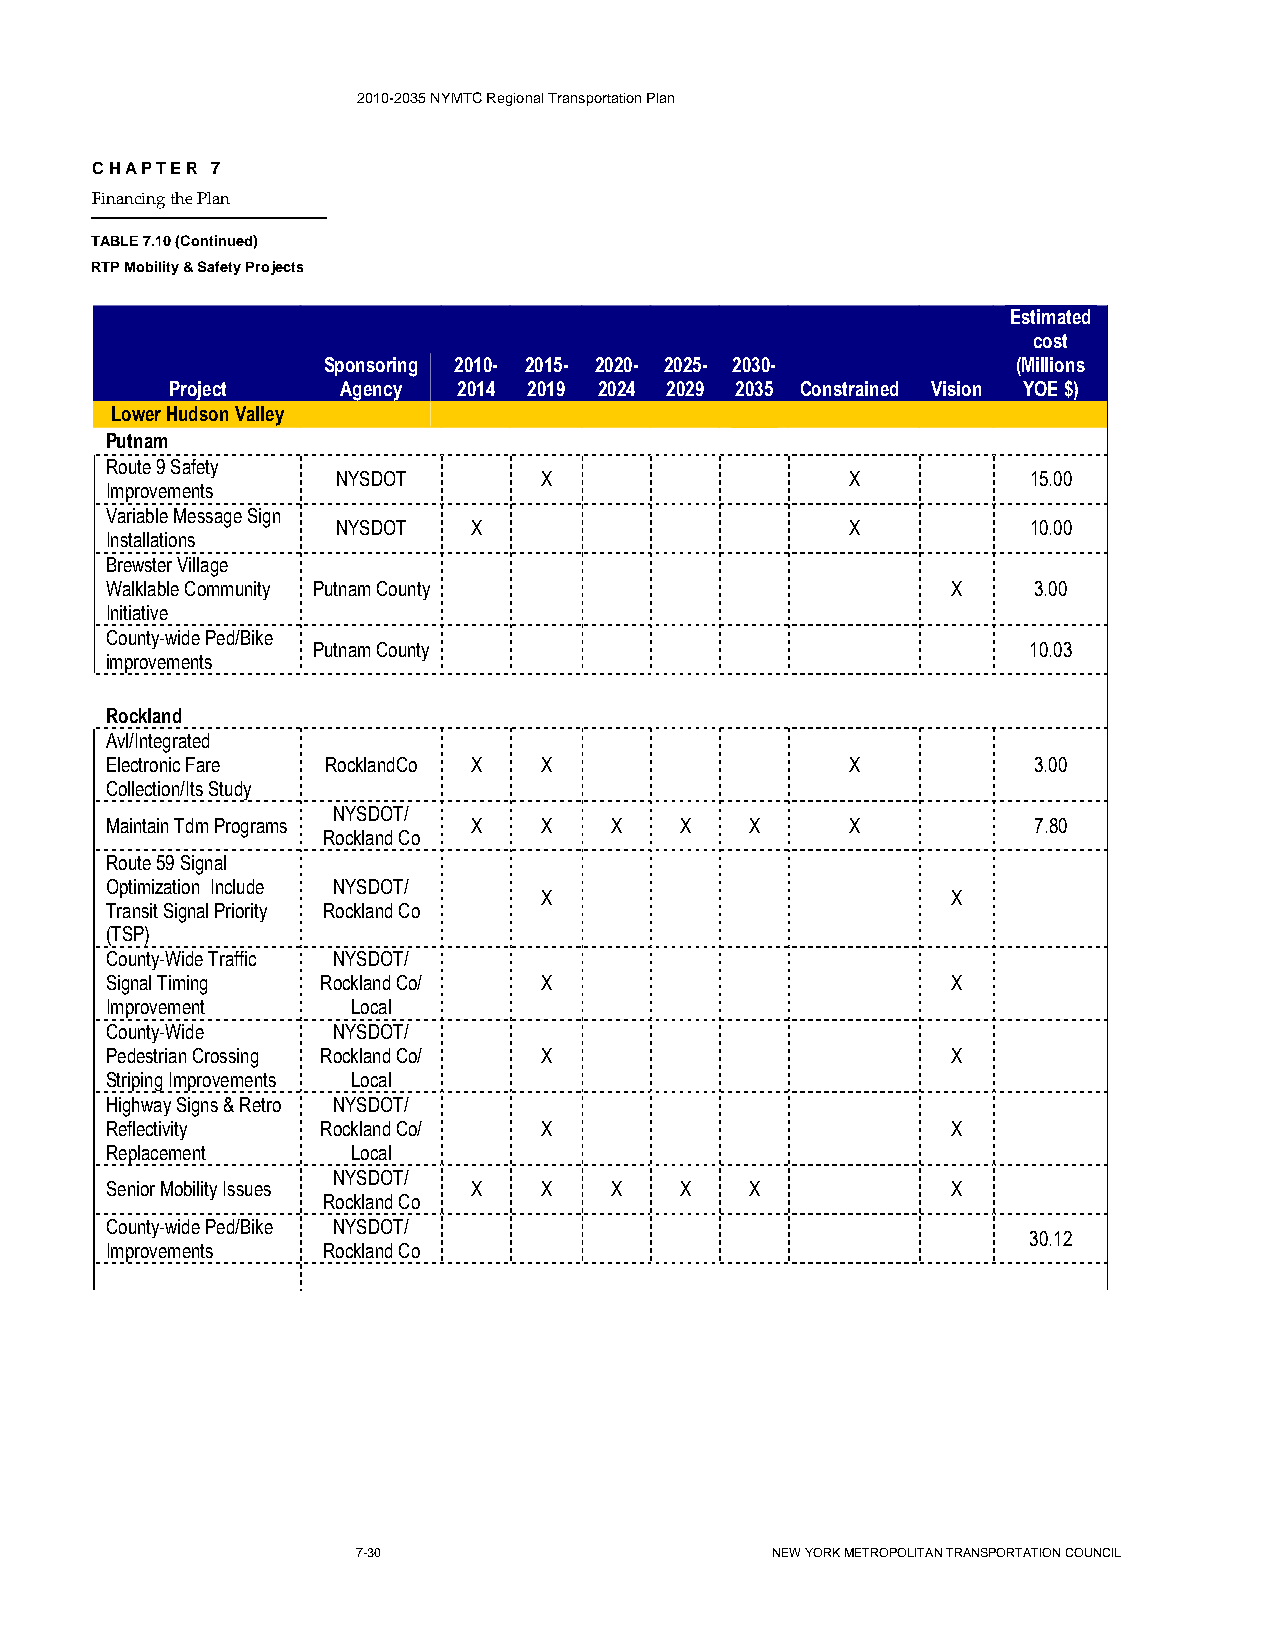
2010-2035 NYMTC Regional Transportation Plan
 CHAPTER 7
 Financing the Plan
 TABLE 7.10 (Continued)
 RTP Mobility & Safety Projects
 Estimated
 cost
 Sponsoring 2010- 2015- 2020- 2025- 2030-      (Millions
 Project     Agency 2014 2019 2024 2029 2035 Constrained Vision YOE $)
 Lower Hudson Valley
 Putnam
 Route 9 Safety
 NYSDOT        X                   X           15.00
 Improvements
 Variable Message Sign
 NYSDOT   X                        X           10.00
 Installations
 Brewster Village
 Walklable Community Putnam County                       X    3.00
 Initiative
 County-wide Ped/Bike
 Putnam County                                  10.03
 improvements
 Rockland
 Avl/Integrated
 Electronic Fare RocklandCo X X                   X           3.00
 Collection/Its Study
 NYSDOT/
 Maintain Tdm Programs   X    X   X    X    X     X           7.80
 Rockland Co
 Route 59 Signal
 Optimization Include NYSDOT/
 X                          X
 Transit Signal Priority Rockland Co
 (TSP)
 County-Wide Traffic NYSDOT/
 Signal Timing Rockland Co/   X                          X
 Improvement     Local
 County-Wide    NYSDOT/
 Pedestrian Crossing Rockland Co/ X                      X
 Striping Improvements Local
 Highway Signs & Retro NYSDOT/
 Reflectivity  Rockland Co/   X                          X
 Replacement     Local
 NYSDOT/
 Senior Mobility Issues  X    X   X    X    X            X
 Rockland Co
 County-wide Ped/Bike NYSDOT/
 30.12
 Improvements  Rockland Co
 7-30                       NEW YORK METROPOLITAN TRANSPORTATION COUNCIL